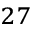
^ { 2 7 }